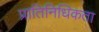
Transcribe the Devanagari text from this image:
प्रातिनिधिकता